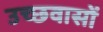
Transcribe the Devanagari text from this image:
उच्छवासों